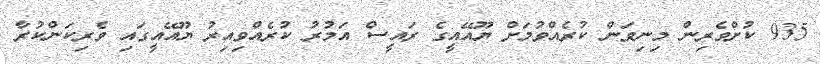
935 ކުށްވެރިން މިނިވަން ކުރެއްވުމަށް ޔޫއޭއީގެ ރައީސް އަމުރު ކުރެއްވިއިރު ޔޫއޭއީގައި ވެރިކަންކުރާ